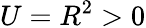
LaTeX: U=R^{2}>0